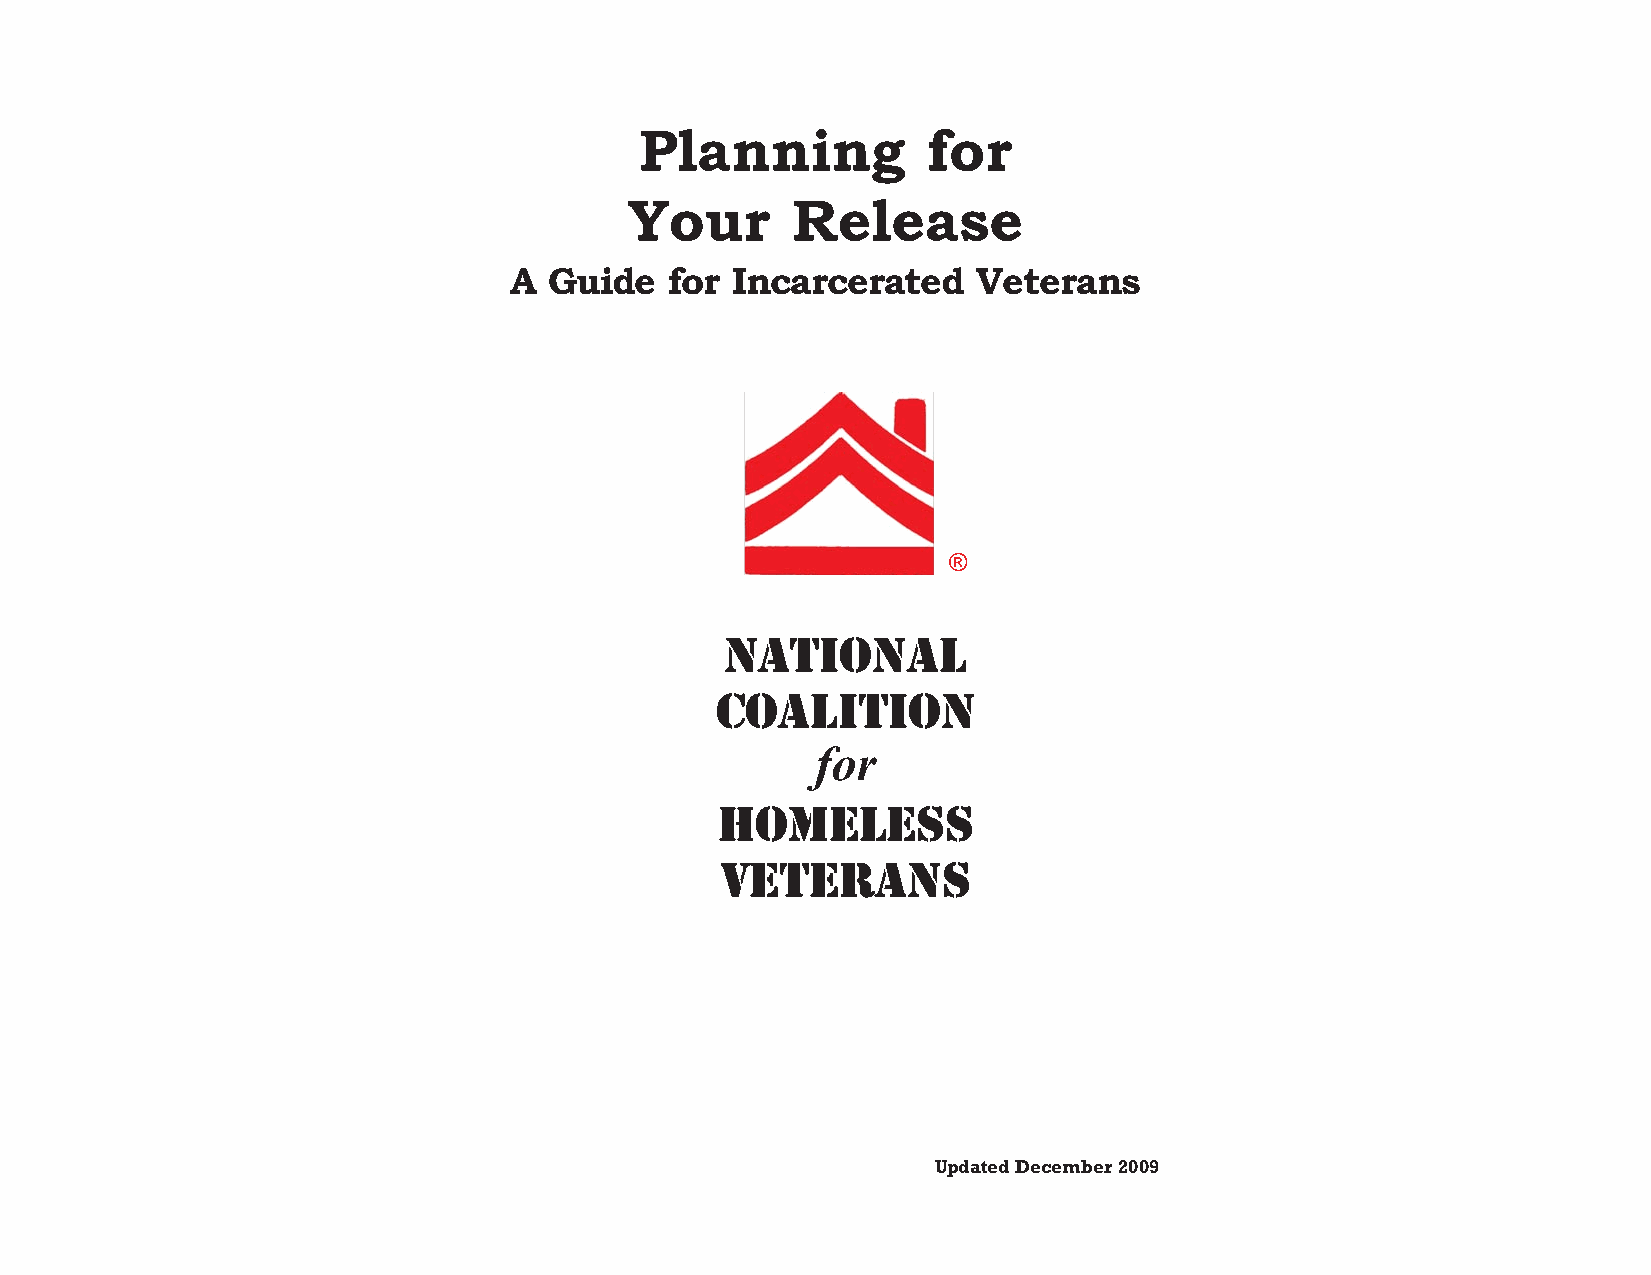
Planning           for
 Your      Release
 A Guide   for Incarcerated     Veterans
 ®
 NATIONAL
 COALITION
 for
 HOMELESS
 VETERANS
 Updated December 2009